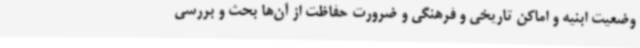
وضعیت ابنیه و اماکن تاریخی و فرهنگی و ضرورت حفاظت از آن‌ها بحث و بررسی